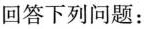
回答下列问题：